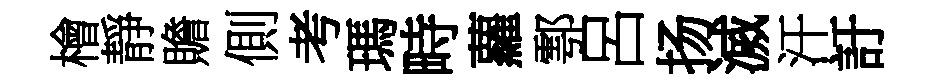
檜靜贍側考瑪畤蘿鄠呂扬滅汗訏